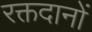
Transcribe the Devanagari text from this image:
रक्तदानों